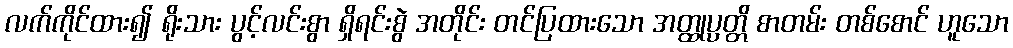
လက်ကိုင်ထား၍ ရိုးသား ပွင့်လင်းစွာ ရှိရင်းစွဲ အတိုင်း တင်ပြထားသော အတ္ထုပ္ပတ္တိ စာတမ်း တစ်စောင် ဟူသော